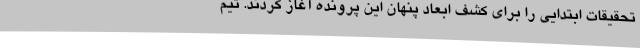
تحقیقات ابتدایی را برای کشف ابعاد پنهان این پرونده آغاز کردند. تیم